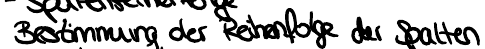
Bestimmung der Reihenfolge der Spalten